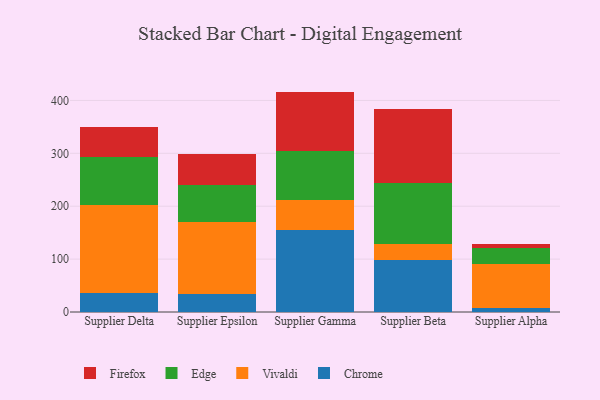
{"axis": {"x": "Supplier", "y": "Budget (USD K)"}, "legend": ["Chrome", "Edge", "Firefox", "Vivaldi"], "data": [{"x": "Supplier Delta", "y": 35.6, "type": "Chrome"}, {"x": "Supplier Delta", "y": 166.0, "type": "Vivaldi"}, {"x": "Supplier Delta", "y": 91.2, "type": "Edge"}, {"x": "Supplier Delta", "y": 57.3, "type": "Firefox"}, {"x": "Supplier Epsilon", "y": 34.2, "type": "Chrome"}, {"x": "Supplier Epsilon", "y": 136.1, "type": "Vivaldi"}, {"x": "Supplier Epsilon", "y": 69.6, "type": "Edge"}, {"x": "Supplier Epsilon", "y": 58.9, "type": "Firefox"}, {"x": "Supplier Gamma", "y": 154.8, "type": "Chrome"}, {"x": "Supplier Gamma", "y": 56.8, "type": "Vivaldi"}, {"x": "Supplier Gamma", "y": 92.6, "type": "Edge"}, {"x": "Supplier Gamma", "y": 112.5, "type": "Firefox"}, {"x": "Supplier Beta", "y": 97.7, "type": "Chrome"}, {"x": "Supplier Beta", "y": 30.6, "type": "Vivaldi"}, {"x": "Supplier Beta", "y": 116.5, "type": "Edge"}, {"x": "Supplier Beta", "y": 138.2, "type": "Firefox"}, {"x": "Supplier Alpha", "y": 7.2, "type": "Chrome"}, {"x": "Supplier Alpha", "y": 84.2, "type": "Vivaldi"}, {"x": "Supplier Alpha", "y": 29.5, "type": "Edge"}, {"x": "Supplier Alpha", "y": 7.8, "type": "Firefox"}]}